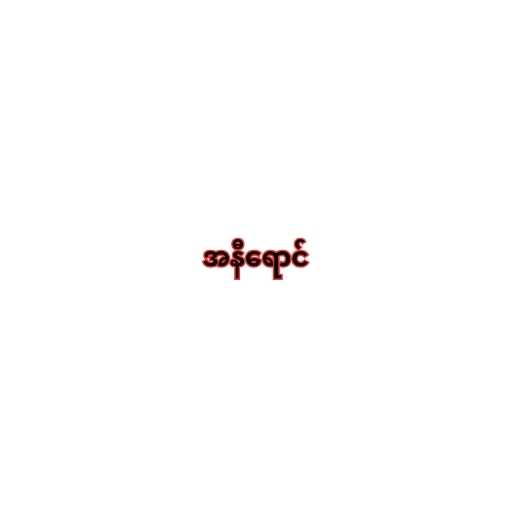
အနီရောင်